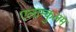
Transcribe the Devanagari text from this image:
एलाम्कुलम